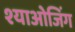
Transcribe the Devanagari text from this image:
श्याओजिंग